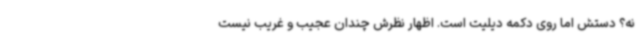
نه؟ دستش اما روی دکمه دیلیت است. اظهار نظرش چندان عجیب و غریب نیست